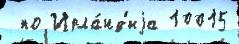
 по Ирла́нд'иjа 10015